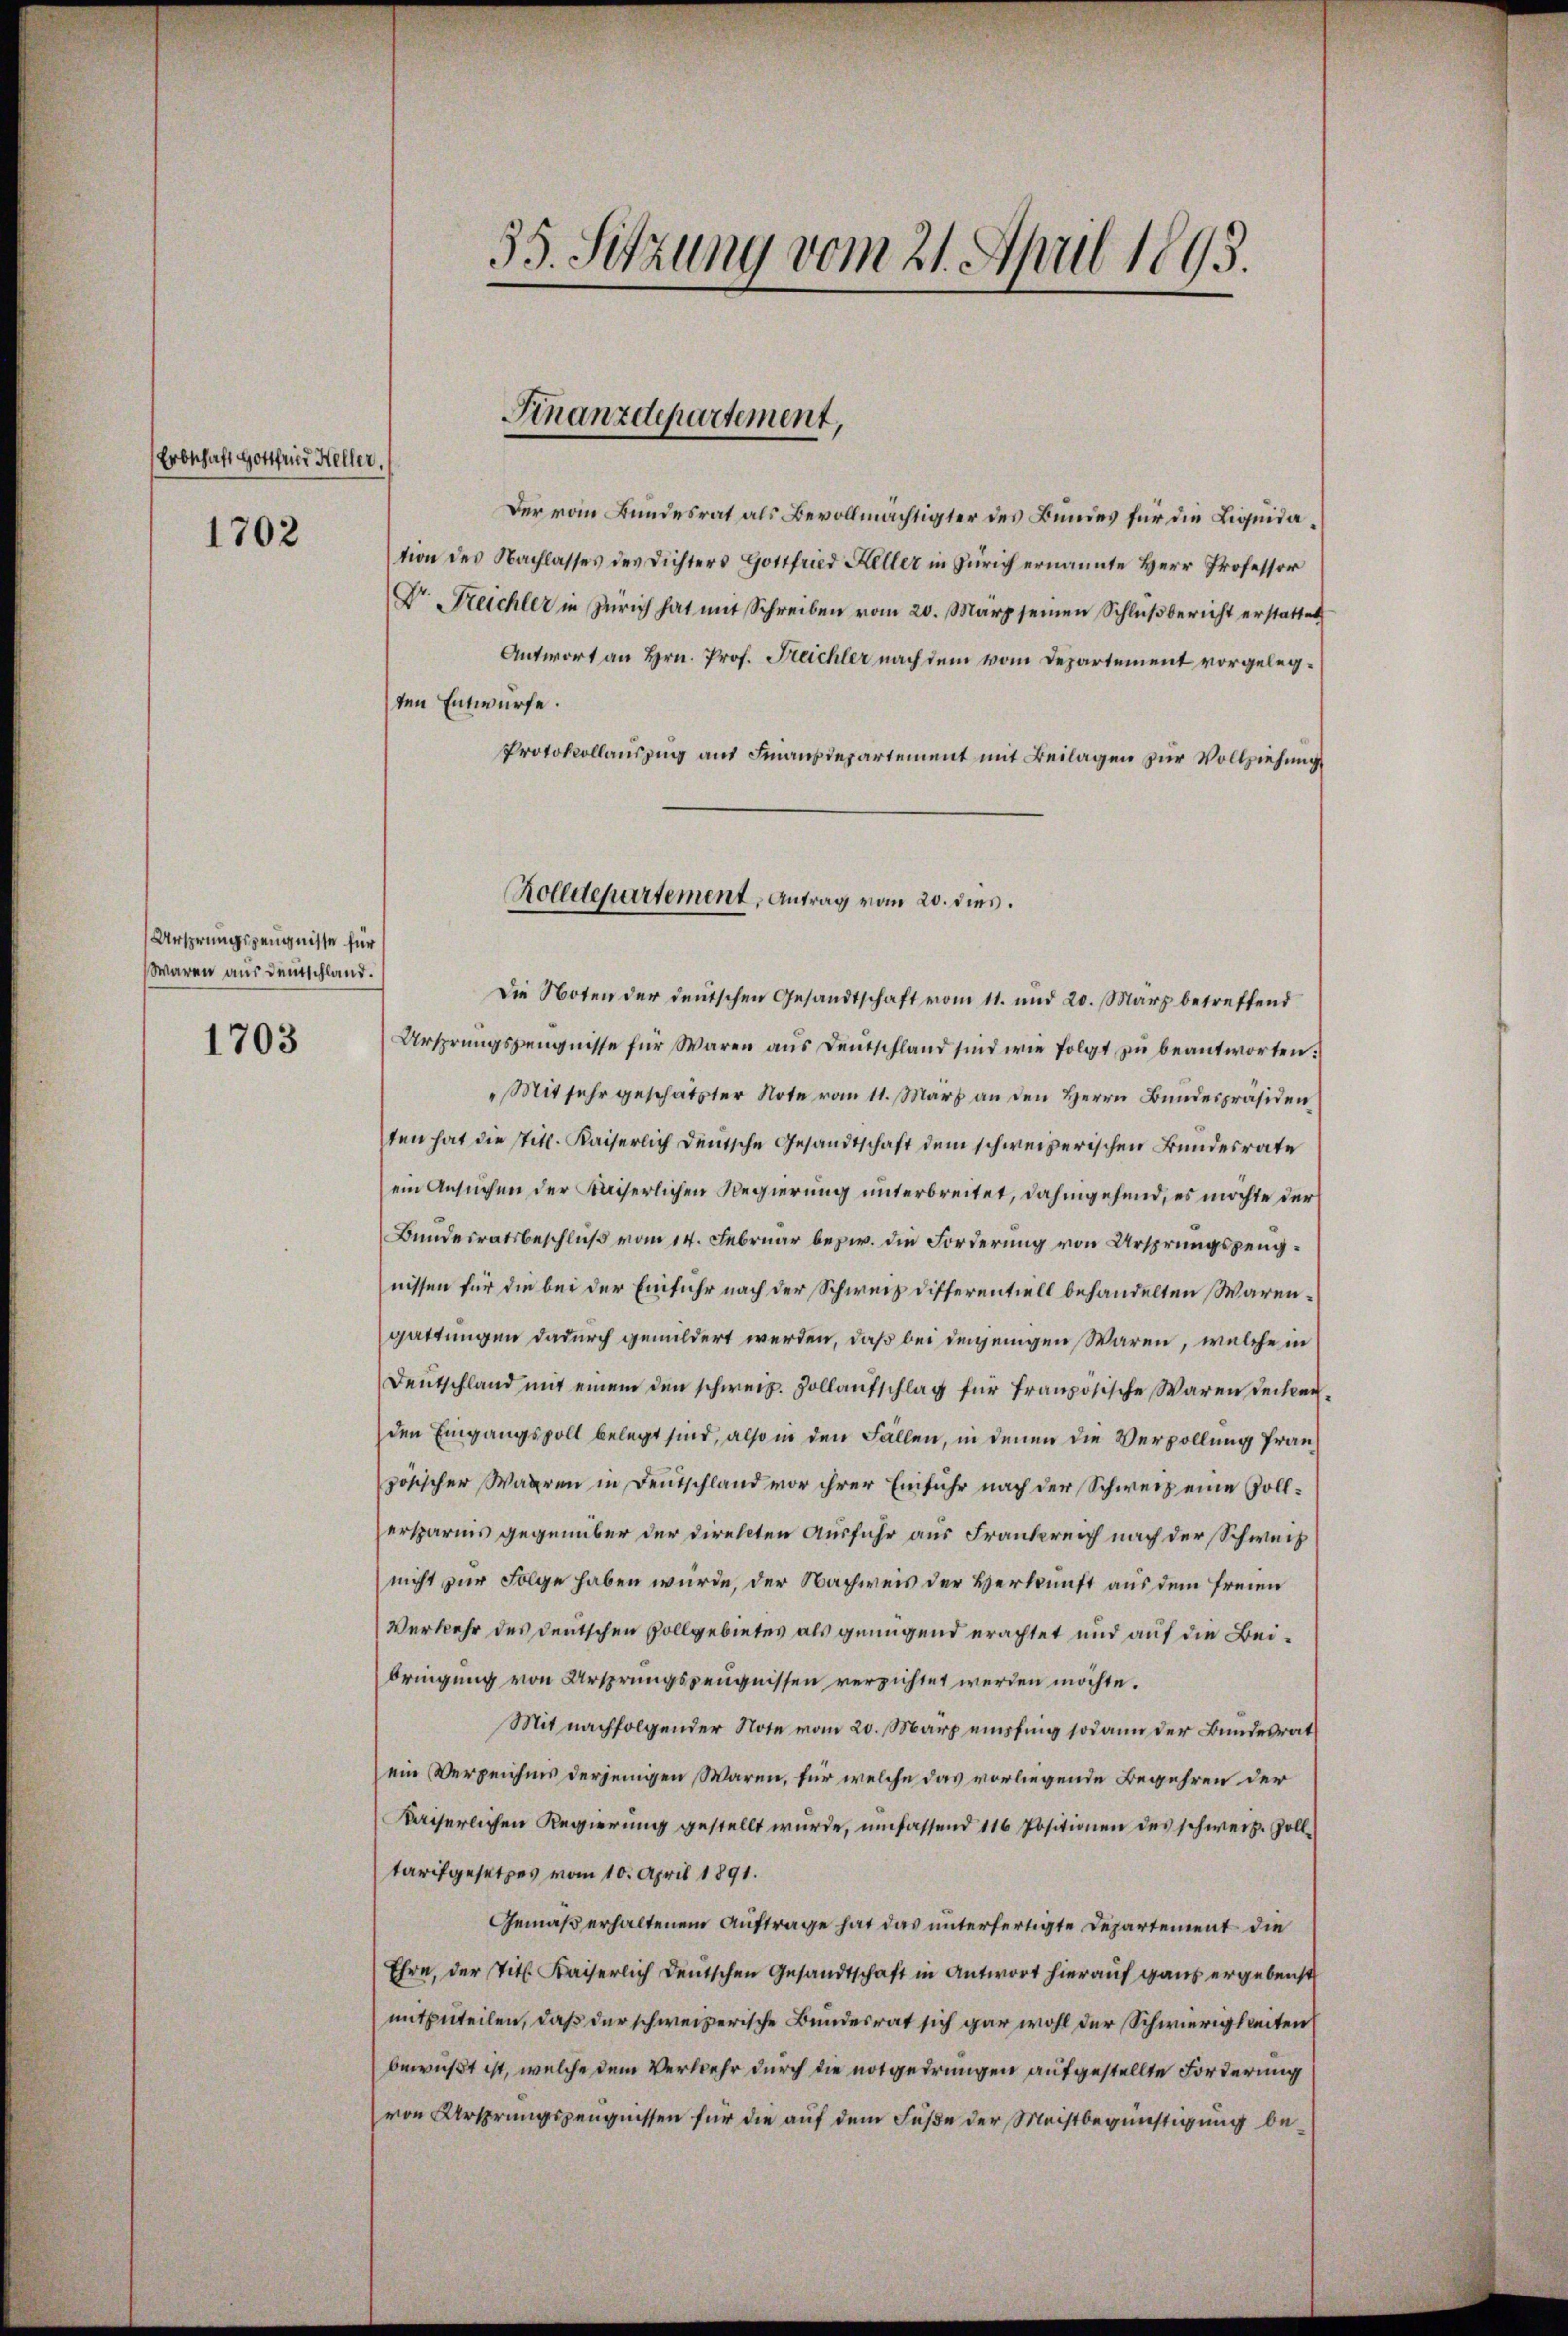
Erbschaft Gottfried Heller.
1702

Ursprungszeugnisse für
Waren aus Deutschland.
1703

35. Sitzung vom 21. April 1895.

Finanzdepartement,

Der vom Bundesrat als Bevollmächtigter des Bundes für die Liquidation des Nachlasses des Dichters Gottfried Keller in Zürich ernannte Herr Professor
Dr Treichler in Zürich hat mit Schreiben vom 20. März seinen Schlŭβbericht erstattet
Antwort an Hrn. Prof. Freichler nach dem vom Departement vorgelegten Entwürfe.
Protokollauszug auf Finanzdepartement mit Beilagen zur Vollziehung

Rolldepartement, Antrag vom 20. dies

Die Noten der deutschen Gesandtschaft vom 11. und 20. März betreffend
Ursprungszeŭgnisse für Waren ans Deutschland sind wie folgt zŭ beantworten.
" Mit sehr geschätzter Note vom 11. März an den Herrn Bundespräsiden
ten hat die Stitl. Kaiserlich deutsche Gesandtschaft dem schweizerischen Bundesrate
ein Ansuchen der Kaiserlichen Regierung unterbreitet, dahingehend, es möchte der
Bundesratsbeschluß vom 14. Februar bezw. die Forderung von Ursprungspengnissen für die bei der Einfuhr nach der Schweiz differentiell behandelten Warengattungen dadurch gemildert werden, daß bei denjenigen Waren, welche in
deŭtschland mit einem den schweiz. Kollaufschlag für französische Waren Decken.
den Eingangspoll belegt sind, also in den Fällen, in denen die Verpollung französischer Waaren in Deutschland vor ihrer Einfuhr nach der Schweiz eine sollersparnis gegenüber der direkten Ausfuhr aus Frankreich nach der Schweiz
nicht zur Folge haben wurde, der Nachweis der Verkunft aus dem freien
Verkehr des deutschen Vollgebietes als genügend erachtet und auf die Beibringung von Ursprungszeugnissen verzichtet werden möchte.
Mit nachfolgender Note vom 20. März empfing sodann der Bundesrat
ein Verzeichnis derjenigen Waren, für welche das vorliegende Begehren der
Kaiserlichen Regierung gestellt wurde, umfassend 116 Positionen des schweiz. Zolltarifgesetzes vom 10. April 1891.
Gemäß erhaltenem Auftrage hat das unterfertigte Departement die
Ehre, der Titl. Kaiserlich Deutschen Gesandtschaft in Antwort hierauf ganz ergebenst
mitzuteilen, daß der schweizerische Bundesrat sich gar wohl der Schwierigkeiten
bewußt ist, welche dem Verkehr durch die notgedrungen aufgestellte Forderung
von Ursprungszeugnissen für die auf dem Fuße der Meistbegünstigung be¬